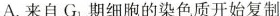
A.来自G_{1}期细胞的染色质开始复制